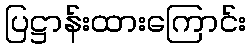
ပြဋ္ဌာန်းထားကြောင်း